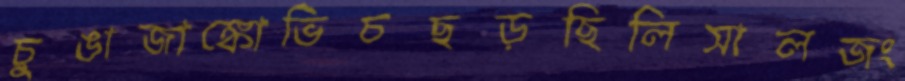
চুুঙাজাঙ্কোভিচছড়ছিলিসালজং